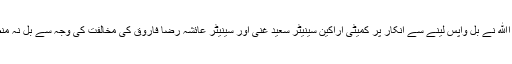
سینیٹر حمد اﷲ نے بل واپس لینے سے انکار پر کمیٹی اراکین سینیٹر سعید غنی اور سینیٹر عائشہ رضا فاروق کی مخالفت کی وجہ سے بل نہ منظور ہو گیا۔